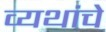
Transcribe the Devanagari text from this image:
व्यथांचे